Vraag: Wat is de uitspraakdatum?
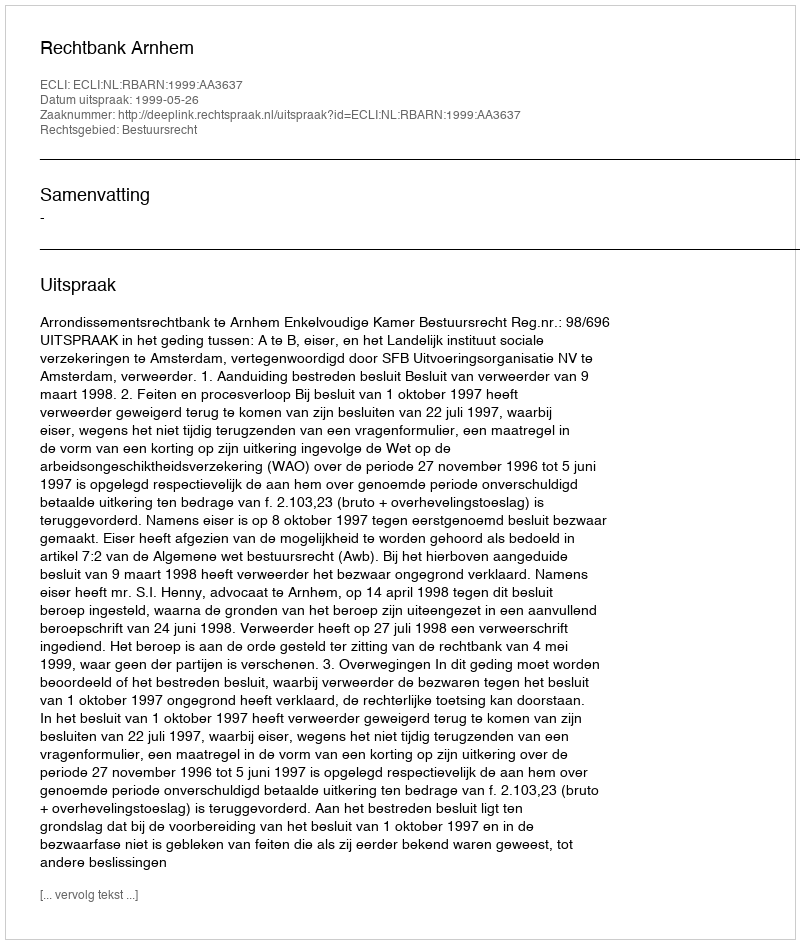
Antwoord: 1999-05-26